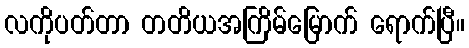
လကိုပတ်တာ တတိယအကြိမ်မြောက် ရောက်ပြီ။